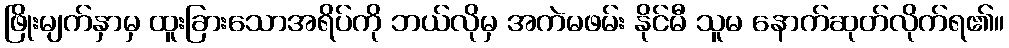
ဖြိုးမျက်နှာမှ ထူးခြားသောအရိပ်ကို ဘယ်လိုမှ အကဲမဖမ်း နိုင်မီ သူမ နောက်ဆုတ်လိုက်ရ၏။